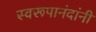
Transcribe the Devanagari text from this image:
स्वरूपानंदांनी